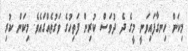
މިކަން ހިނގާފައިވަނީ މީގެ ދެ ދުވަސް ކުރިން ފަތިހުގެ ވަގުތެއްގައެވެ. މިކަން ކުރި